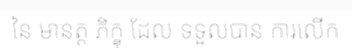
នៃ មានត្ត ភិក្ខុ ដែល ទទួលបាន ការលើក